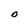
Character: D